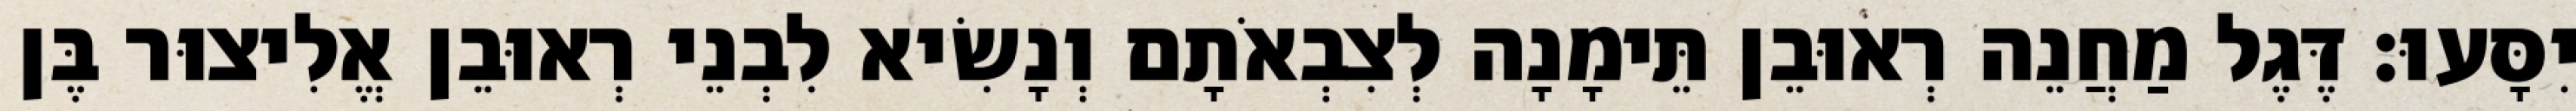
יִסָּעוּ׃ דֶּגֶל מַחֲנֵה רְאוּבֵן תֵּימָנָה לְצִבְאֹתָם וְנָשִׂיא לִבְנֵי רְאוּבֵן אֱלִיצוּר בֶּן